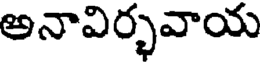
అనావిర్భవాయ